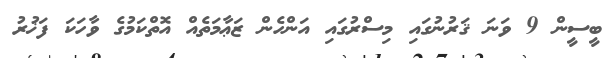
ބީސީން 9 ވަނަ ޤަރުނުގައި މިސްރުގައި އަންހެން ޒަޢާމަތެއް އޮތްކަމުގެ ވާހަކަ ފަޚުރު